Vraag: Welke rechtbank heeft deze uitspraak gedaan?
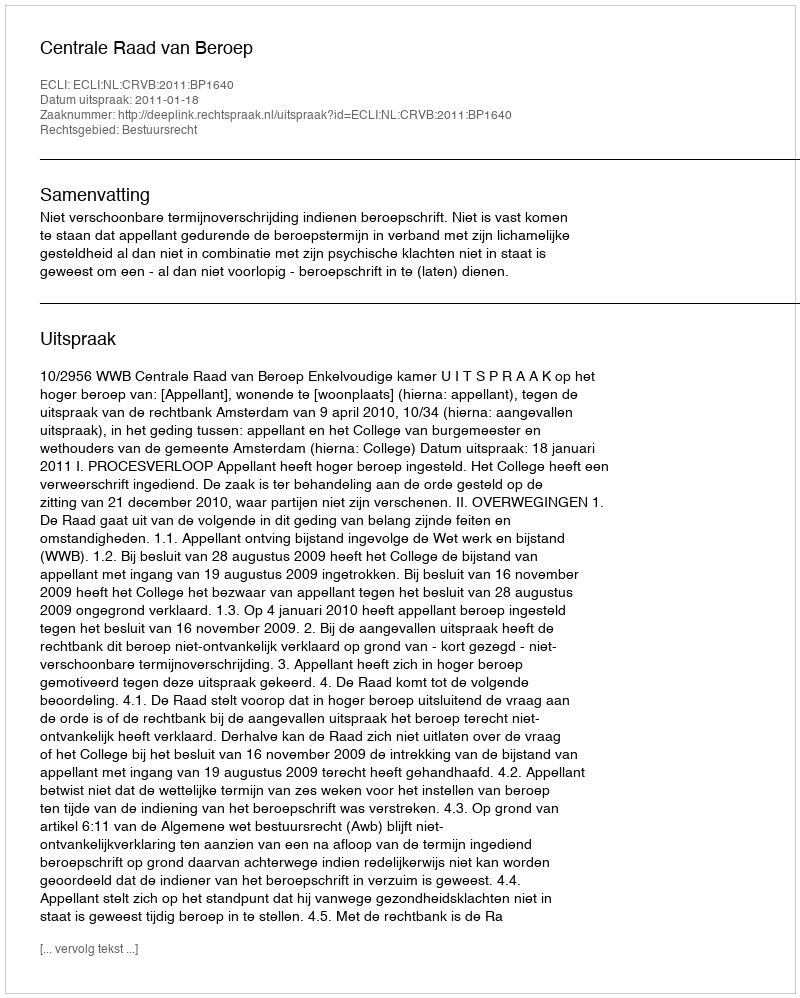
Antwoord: Centrale Raad van Beroep